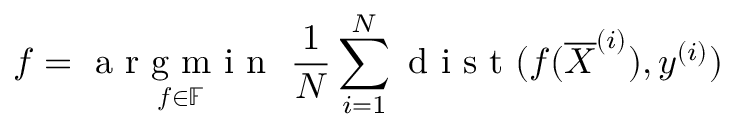
\boldsymbol f = \underset { \boldsymbol f \in \mathbb { F } } { \mathrm { ~ a ~ r ~ g ~ m ~ i ~ n ~ } } ~ \frac { 1 } { N } \sum _ { i = 1 } ^ { N } \mathrm { ~ d ~ i ~ s ~ t ~ } ( \boldsymbol f ( \overline { { \boldsymbol X } } ^ { ( i ) } ) , \boldsymbol y ^ { ( i ) } )